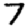
Digit: 7